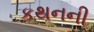
કથનની